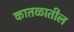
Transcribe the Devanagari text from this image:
कातळातील